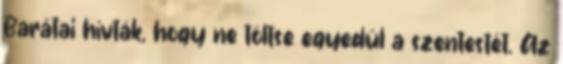
Barátai hívták, hogy ne töltse egyedül a szentestét. Az